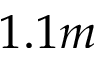
1 . 1 m